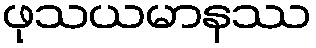
ဖုသယမာနဿ